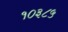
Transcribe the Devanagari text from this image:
१०३८५